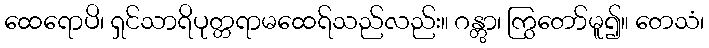
ထေရောပိ၊ ရှင်သာရိပုတ္တရာမထေရ်သည်လည်း။ ဂန္တွာ၊ ကြွတော်မူ၍။ တေသံ၊